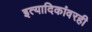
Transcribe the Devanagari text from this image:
इत्यादिकांवरही